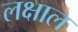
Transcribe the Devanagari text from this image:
लक्षाल